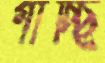
গাচ্ছি